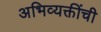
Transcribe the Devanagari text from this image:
अभिव्यक्तींची